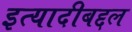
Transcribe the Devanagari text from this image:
इत्यादीबद्दल